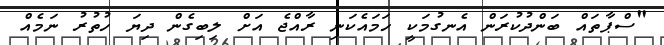
"ސްޕާތައް ބަންދުކުރަން އެނގުމަކީ ހަމައެކަނި ރާއްޖެ އަށް ލިބިގެން ދިޔަ ހުތުރު ނަމެއް